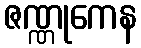
ဇဏ္ဏုကေန